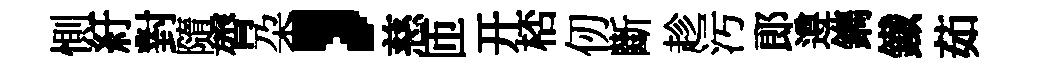
惻紆對隨膂朶，慈匝开桮仞斷趁污郎遵鐫鐵茹